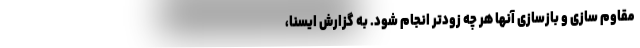
مقاوم سازی و بازسازی آنها هر چه زودتر انجام شود. به گزارش ایسنا،